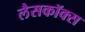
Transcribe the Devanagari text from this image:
लैसकॉक्स